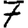
Digit: 7